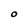
Character: O